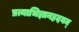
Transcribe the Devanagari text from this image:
प्रत्याभिज्ञानहृदयम्